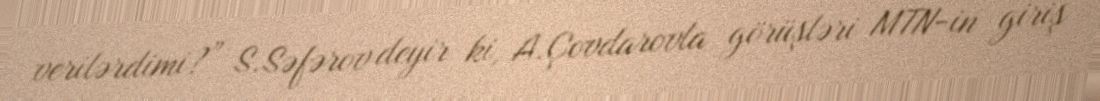
verilərdimi?” S.Səfərov deyir ki, A.Çovdarovla görüşləri MTN-in giriş